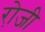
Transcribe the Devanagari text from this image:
रो़जी